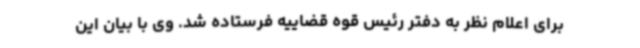
برای اعلام نظر به دفتر رئیس قوه قضاییه فرستاده شد. وی با بیان این